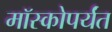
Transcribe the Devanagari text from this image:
मॉस्कोपर्यंत